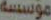
موسسه